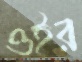
ওইর